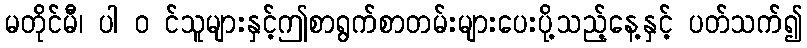
မတိုင်မီ၊ ပါ ၀ င်သူများနှင့်ဤစာရွက်စာတမ်းများပေးပို့သည့်နေ့နှင့် ပတ်သက်၍